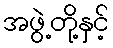
အဖွဲ့တို့နှင့်